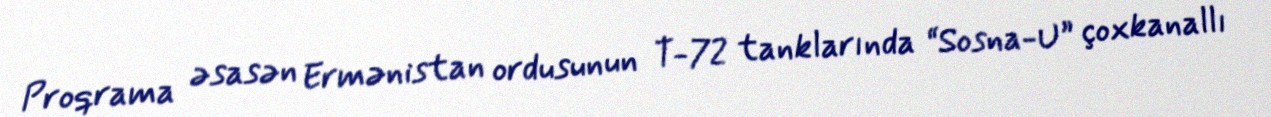
Proqrama əsasən Ermənistan ordusunun T-72 tanklarında “Sosna-U” çoxkanallı